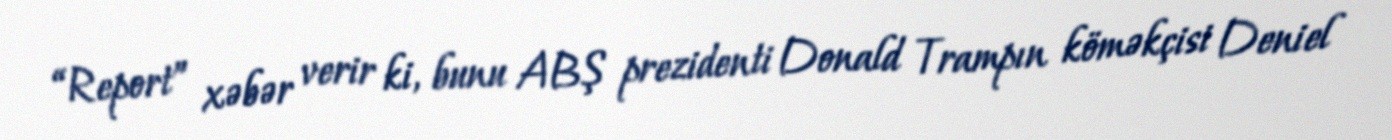
“Report” xəbər verir ki, bunu ABŞ prezidenti Donald Trampın köməkçisi Deniel